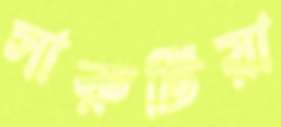
সারুটিয়া